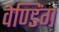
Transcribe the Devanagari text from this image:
वेण्डिंग